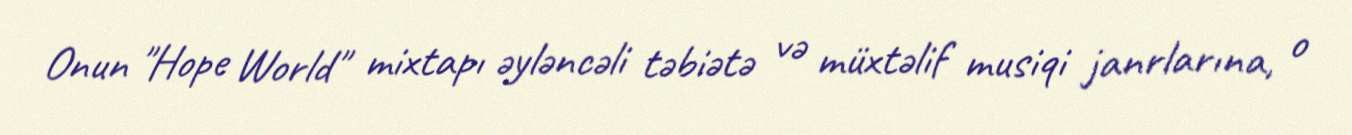
Onun "Hope World" mixtapı əyləncəli təbiətə və müxtəlif musiqi janrlarına, o